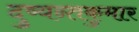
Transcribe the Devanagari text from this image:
दुष्यन्तकुमार